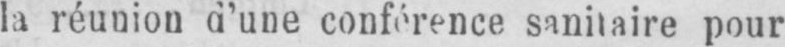
sanitaire pour